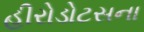
હીરોડોટસના